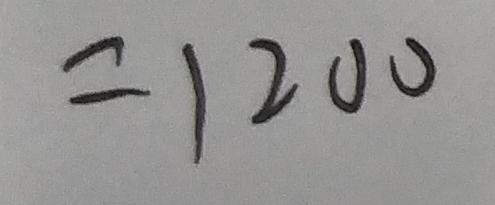
= 1 2 0 0